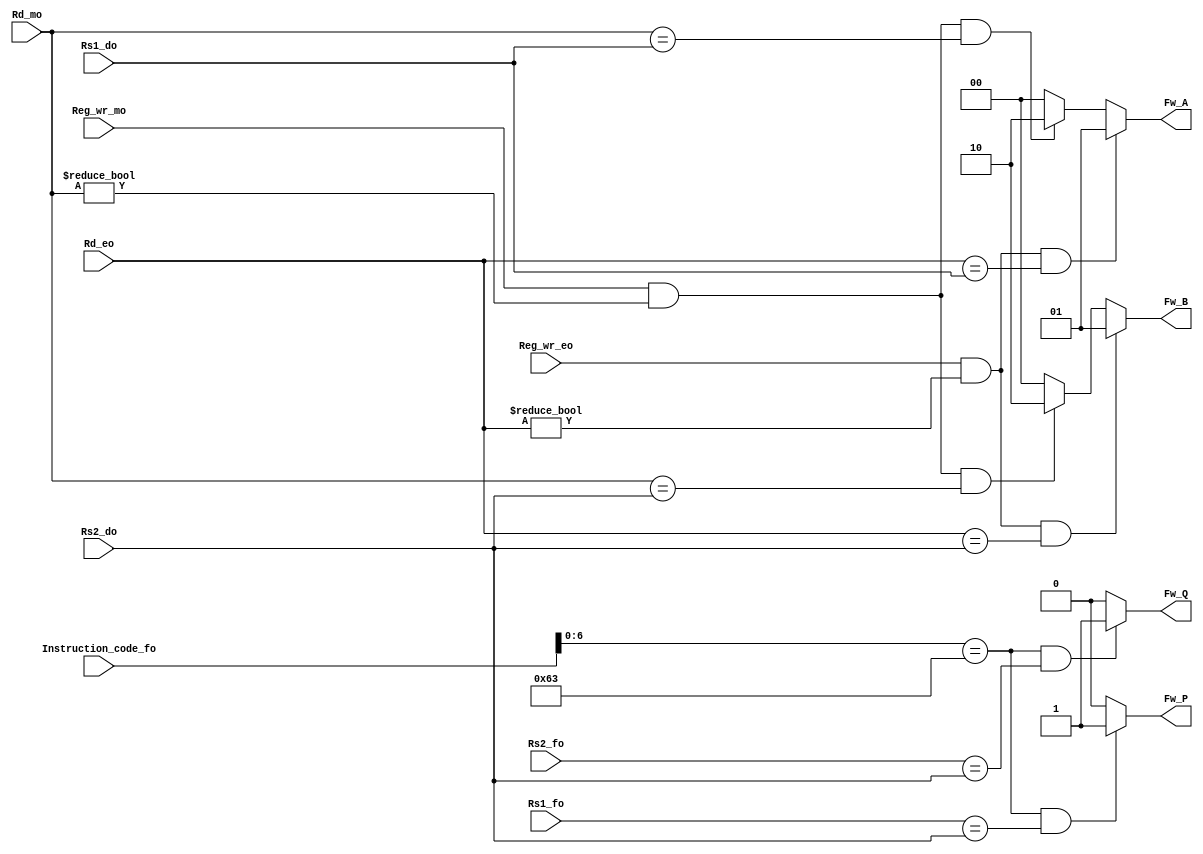
`timescale 1ns / 1ps

module Forwarding(

input [31:0] Instruction_code_fo,

input  [4:0] Rd_mo,                //5 bit dest reg from MEM/WB
input  [4:0] Rs1_do,               //5 bit source reg  1 input field to forwarding unit from ID/EX
input  [4:0] Rs2_do,               //5 bit source reg  2 input field to forwarding unit from ID/EX
input  [4:0] Rs1_fo,               //5 bit source reg  1 input field to forwarding unit from IF/ID
input  [4:0] Rs2_fo,               //5 bit source reg  2 input field to forwarding unit from IF/ID
input [4:0] Rd_eo,                  //5 bit dest reg  2 input field to forwarding unit from EX/MEM
input Reg_wr_eo,                  //Reg Write input from EX/MEM
input Reg_wr_mo,                 //Reg Write input from MEM/WB


output reg [1:0]  Fw_A,                   //Mux select line to forward first ALU operand
output reg [1:0] Fw_B,                    //Mux select line to forward second ALU operand
output reg Fw_P,                   //Mux select line to forward first Comparator operand
output reg Fw_Q                   //Mux select line to forward second Comparator operand
    );
    
  
wire [6:0] opcode;
assign opcode= Instruction_code_fo[6:0];
    
always @(Reg_wr_mo,Rd_mo,Reg_wr_eo,Rd_eo,Rs1_do)
begin
if(Reg_wr_eo==1 && Rd_eo!=0 && Rd_eo ==Rs1_do)
begin
Fw_A<=01;                           
end
else if(Reg_wr_mo==1 && Rd_mo!=0 && Rd_mo ==Rs1_do )
begin
Fw_A<=10;                           
end
else
begin
Fw_A<=00;
end
end   
    
////////////////////////////////////////// load followed by arithmetic, stall followed by forward 
always @(Reg_wr_mo,Rd_mo,Reg_wr_eo,Rd_eo,Rs2_do)
begin
if(Reg_wr_eo==1 && Rd_eo!=0 && Rd_eo ==Rs2_do)
begin
Fw_B<=01;                           
end
else if(Reg_wr_mo==1 && Rd_mo!=0 && Rd_mo ==Rs2_do )
begin
Fw_B<=10;                           
end
else
begin
Fw_B<=00;
end
end   

////////////////////////////////////////// arithmetic followed by arithmetic followed by branch

always @(Rs2_do,Rs1_fo,opcode)
begin
//if(opcode==7'b1100011)&&(Rs2_do ==Rs1_fo))
if((opcode==7'b1100011)&&(Rs1_fo==Rs2_do))
begin
Fw_P<=1;                           
end
else
begin
Fw_P<=0;
end
end   


always @(Rs2_do,Rs2_fo,opcode)
begin
//if(Rs2_do ==Rs2_fo)
if((opcode==7'b1100011)&&(Rs2_fo==Rs2_do))
begin
Fw_Q<=1;                          
end
else
begin
Fw_Q<=0;
end
end   

/////////////////////////////////////////////////////////// arithmetic followed by one instr followed by arithmetic
//always @(Rs2_do,Rs2_fo,opcode)
//begin
//if(Rs2_do ==Rs2_fo)
////if((opcode==7'b1100011)&&(Rs2_fo==Rs2_do))
//begin
//Fw_Q<=1;                          
//end
//else
//begin
//Fw_Q<=0;
//end
//end   


endmodule